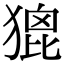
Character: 𤠞